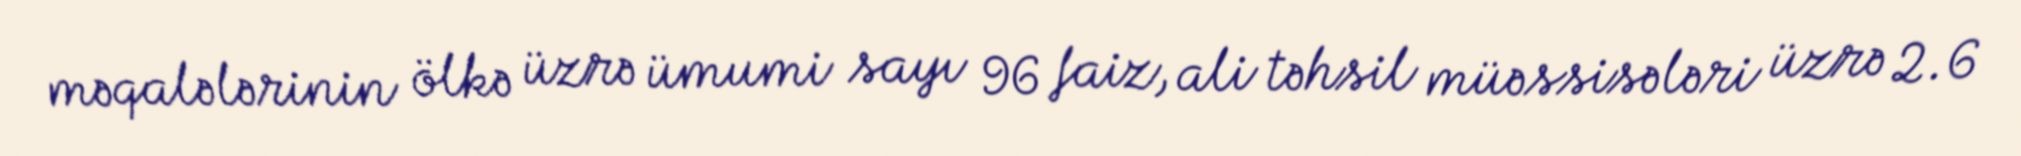
məqalələrinin ölkə üzrə ümumi sayı 96 faiz, ali təhsil müəssisələri üzrə 2.6